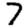
Digit: 7